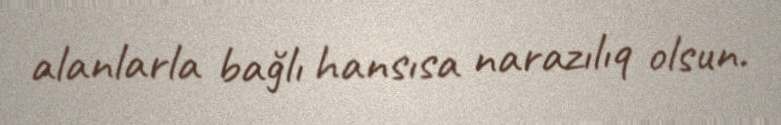
alanlarla bağlı hansısa narazılıq olsun.